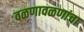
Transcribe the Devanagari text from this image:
वळणावळणांचा